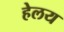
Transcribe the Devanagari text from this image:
हेलय